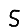
Digit: 5